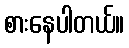
စားနေပါတယ်။